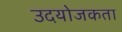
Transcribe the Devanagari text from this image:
उदयोजकता